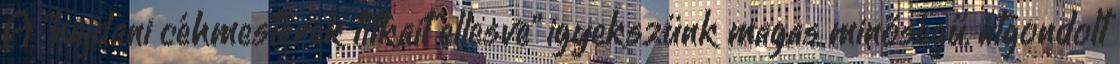
A "hajdani céhmesterek titkait ellesve" igyekszünk magas minőségű, átgondolt